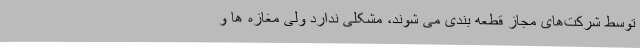
توسط شرکت‌های مجاز قطعه بندی می شوند، مشکلی ندارد ولی مغازه ها و